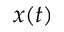
x ( t )